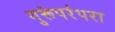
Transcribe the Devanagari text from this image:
गुरूंपरंपरा